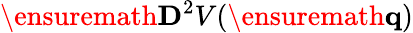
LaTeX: \ensuremath{\mathbf{D}}^{2}V(\ensuremath{\mathbf{q}})